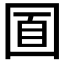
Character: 𡇢